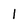
Character: 1